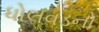
ધોલવડનો